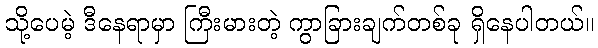
သို့ပေမဲ့ ဒီနေရာမှာ ကြီးမားတဲ့ ကွာခြားချက်တစ်ခု ရှိနေပါတယ်။